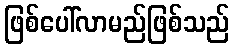
ဖြစ်ပေါ်လာမည်ဖြစ်သည်